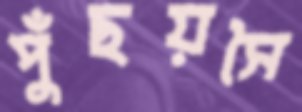
পুঁছয়সৈ